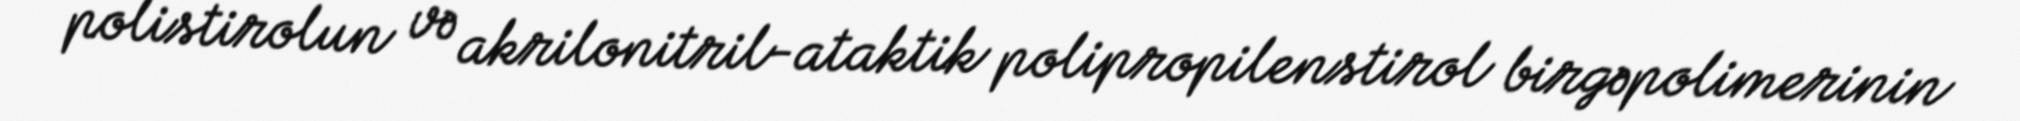
polistirolun və akrilonitril-ataktik polipropilenstirol birgəpolimerinin